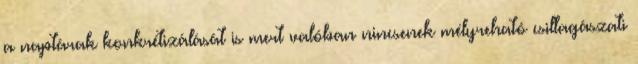
a naptárak konkrétizálását is mert valóban nincsenek mélyreható csillagászati